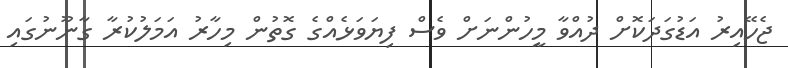
ޖެހޭއިރު އަޑުގަދަކޮށް ދުއްވާ މީހުންނަށް ވެސް ފިޔަވަޅެއްގެ ގޮތުން މިހާރު އަމަލުކުރާ ގާނޫނުގައި